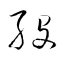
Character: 歿